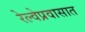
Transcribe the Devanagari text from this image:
रेल्वेप्रवासात